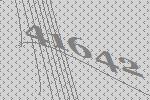
41642